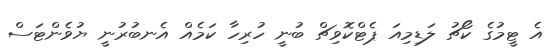
އެ ޓީމުގެ ކޯޗު ލަޑިމިއަ ޕެޓްކޮވިޗް ބުނީ ހުރިހާ ކަމެއް އެނބުރުނީ ޔުވެންޓަސް